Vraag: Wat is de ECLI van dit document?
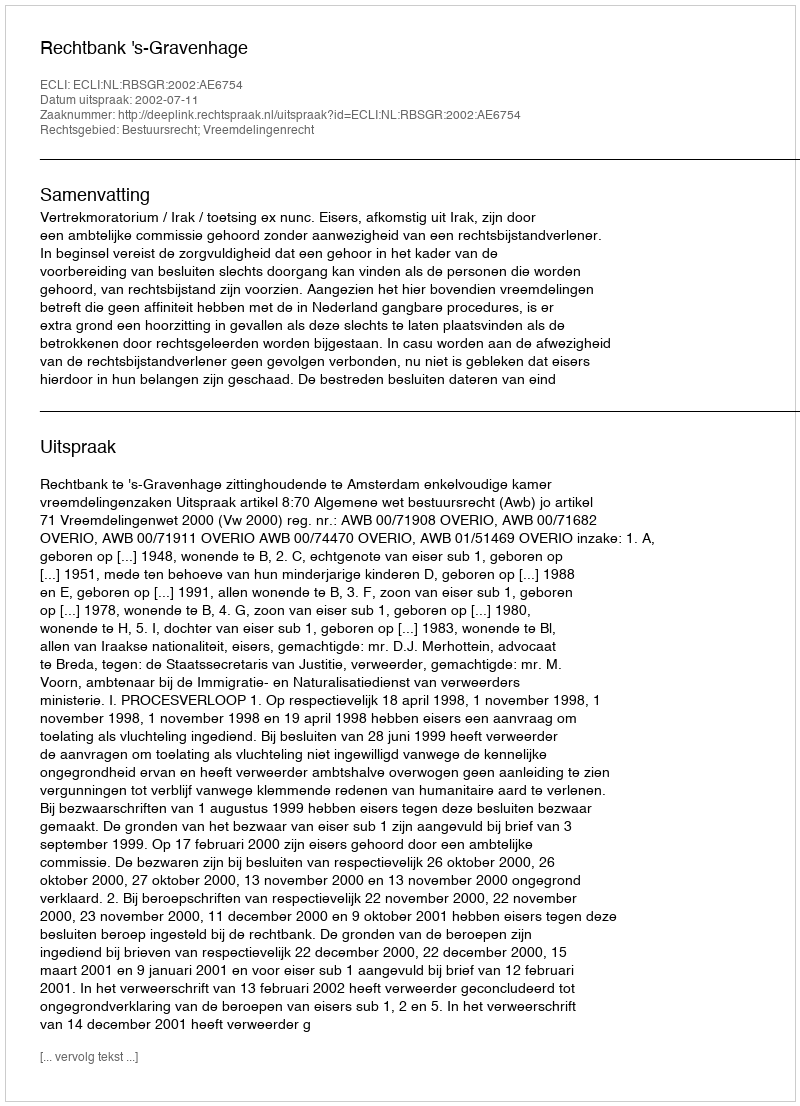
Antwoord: ECLI:NL:RBSGR:2002:AE6754